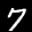
Label: 7